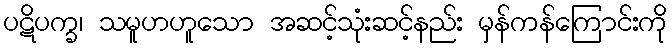
ပဋိပက္ခ၊ သမူဟဟူသော အဆင့်သုံးဆင့်နည်း မှန်ကန်ကြောင်းကို